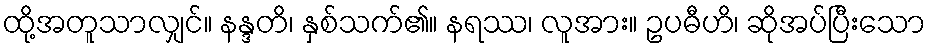
ထို့အတူသာလျှင်။ နန္ဒတိ၊ နှစ်သက်၏။ နရဿ၊ လူအား။ ဥပဓီဟိ၊ ဆိုအပ်ပြီးသော